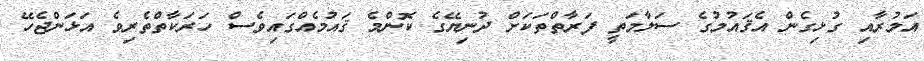
އަމުރާއި ގުޅިގެން އެޤައުމުގެ ސަލާމަތީ ފަރާތްތަކަށް ދުނިޔޭގެ ކޮންމެ ޤައުމެއްގައިވެސް ހަރަކާތްތެރިވެ އަޅަންޖެހޭ